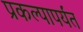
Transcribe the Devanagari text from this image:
प्रकल्पापर्यंत